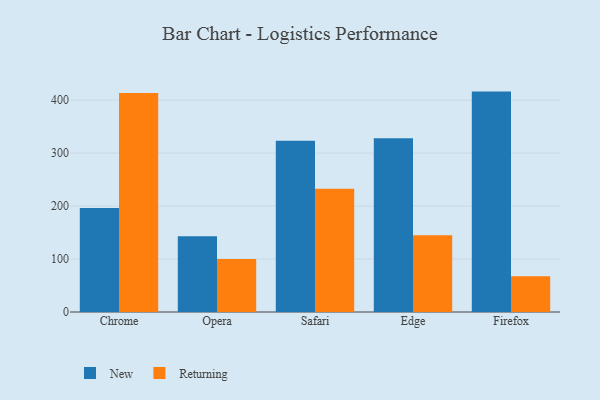
{"axis": {"x": "Browser", "y": "LTV (USD)"}, "legend": ["New", "Returning"], "data": [{"x": "Chrome", "y": 196.6, "type": "New"}, {"x": "Chrome", "y": 413.4, "type": "Returning"}, {"x": "Opera", "y": 143.1, "type": "New"}, {"x": "Opera", "y": 100.0, "type": "Returning"}, {"x": "Safari", "y": 323.4, "type": "New"}, {"x": "Safari", "y": 232.9, "type": "Returning"}, {"x": "Edge", "y": 328.1, "type": "New"}, {"x": "Edge", "y": 144.9, "type": "Returning"}, {"x": "Firefox", "y": 416.2, "type": "New"}, {"x": "Firefox", "y": 67.3, "type": "Returning"}]}